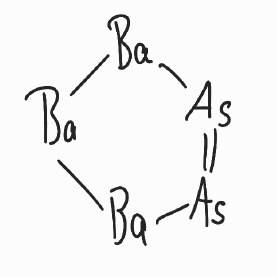
Simplified molecular-input line-entry system (SMILES) notation of the given molecule:
[As]1=[As][Ba][Ba][Ba]1